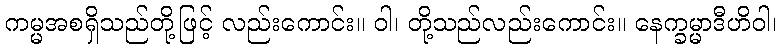
ကမ္မအစရှိသည်တို့ဖြင့် လည်းကောင်း။ ဝါ၊ တို့သည်လည်းကောင်း။ နေက္ခမ္မာဒီဟိဝါ၊